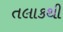
તલાકથી